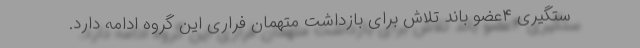
ستگیری ۴عضو باند تلاش برای بازداشت متهمان فراری این گروه ادامه دارد.